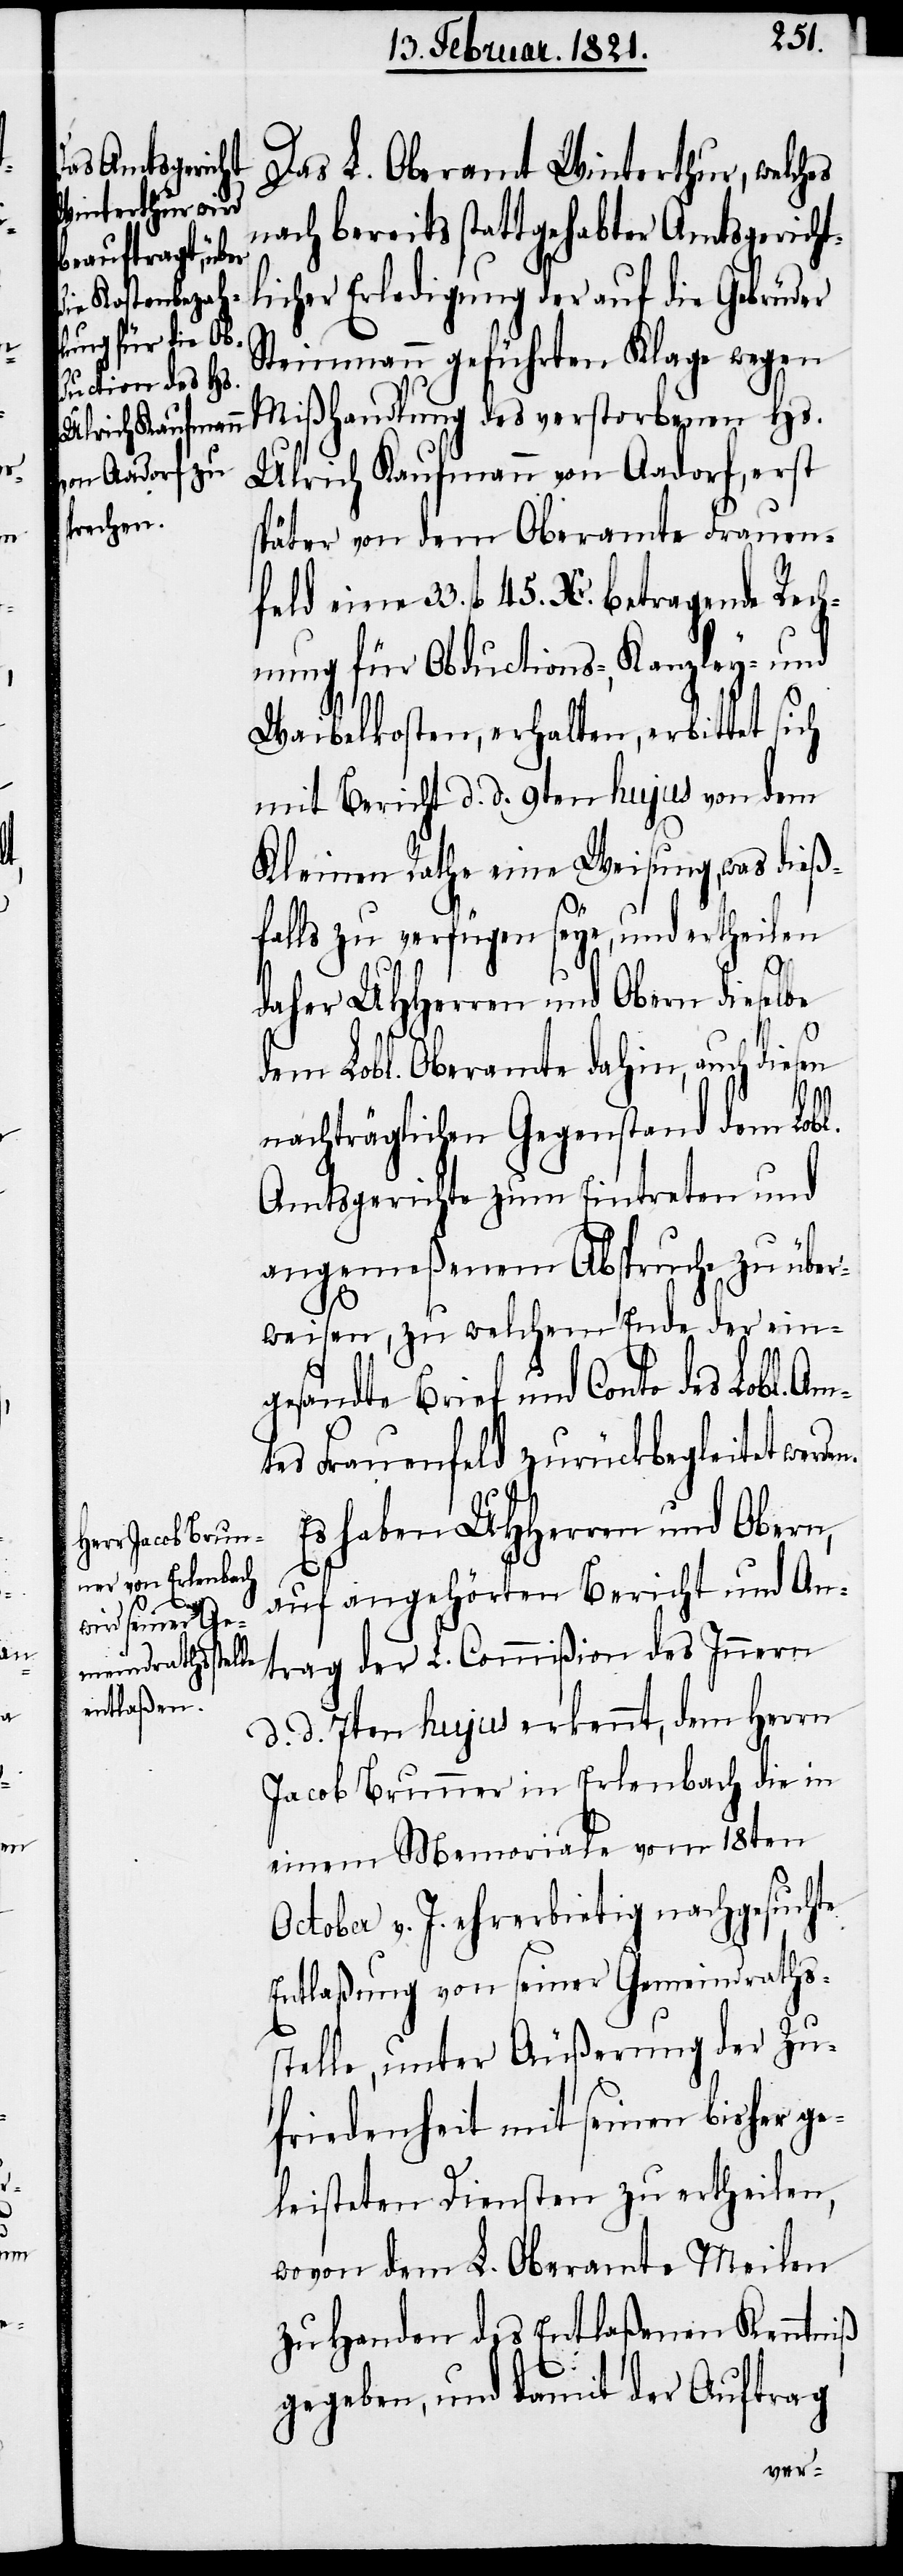
33.

Das L. Oberamt Winterthur, welch¬
nach bereits stattgehabter Amtsgericht¬
licher Erledigung der auf die Gebrüder
Steinmann geführten Klage wegen
Mißhandlung des verstorbenen Hs.
Ulrich Kaufmann von Aadorf, erst
später von dem Oberamte Frauenfe¬
fl. 45. Xr. betragende Rech¬
nung für Obductions-, Kanzley- und
Waibelkosten, erhalten, erbittet
mit Bericht d. d. 9ten hujus von dem
Kleinen Rathe eine Weisung, was dieß¬
falls zu verfügen seye, und ertheilen
daher UHHerren und Obern dieselbe
dem Lobl. Oberamte dahin, auch diesen
nachträglichen Gegenstand dem Lobl.
Amtsgerichte zum Eintreten und
angemeßenem Abspruche zu über¬
weisen, zu welchem Ende der ein¬
en.
gesandte Brief und Conto des Lobl. Am¬
tes Frauenfeld zurückbegleitet werd¬
Es haben UHHerren und Obern,
auf angehörten Bericht und An¬
trag der L. Commißion des Innern
d. d. 7ten hujus erkennt, dem Herrn
Jacob Brunner in Erlenbach die in
einem Memoriale vom 18ten
October v. J. ehrerbietig nachgesuchte
Entlaßung von seiner Gemeindraths¬
stelle, unter Äußerung der Zu¬
friedenheit mit seinen bisher ge¬
leisteten Diensten zu ertheilen,
wovon dem L. Oberamte Meilen
zu Handen des Entlaßenen Kenntniß
gegeben, und damit der Auftrag